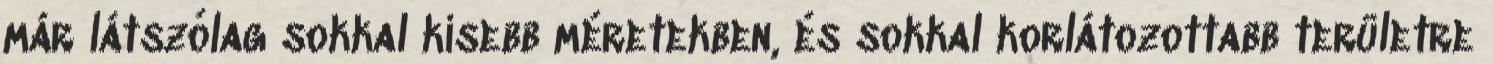
már látszólag sokkal kisebb méretekben, és sokkal korlátozottabb területre